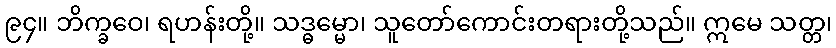
၉၄။ ဘိက္ခဝေ၊ ရဟန်းတို့။ သဒ္ဓမ္မော၊ သူတော်ကောင်းတရားတို့သည်။ ဣမေ သတ္တ၊